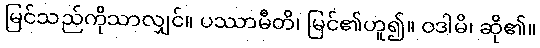
မြင်သည်ကိုသာလျှင်။ ပဿာမီတိ၊ မြင်၏ဟူ၍။ ဝဒါမိ၊ ဆို၏။